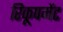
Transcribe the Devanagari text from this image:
रिकूपमेंट